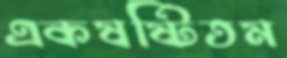
একষষ্টিতম